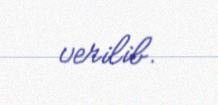
verilib.